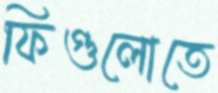
ফিগুলোতে